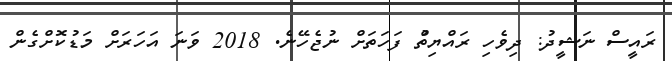
ރައީސް ނަޝީދު: ދިވެހި ރައްޔިތުް ފަހަތަށް ނުޖެހޭނެ. 2018 ވަނަ އަހަރަށް މަޑުކޮށްގެން